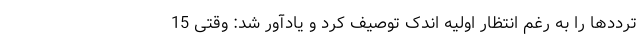
ترددها را به رغم انتظار اولیه اندک توصیف کرد و یادآور شد: وقتی 15